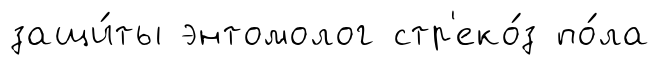
защи́ты энтомолог стр'еко́з по́ла